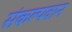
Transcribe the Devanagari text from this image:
संकल्पवान